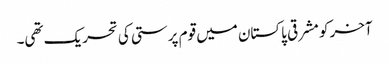
آخر کو مشرقی پاکستان میں قوم پرستی کی تحریک تھی۔